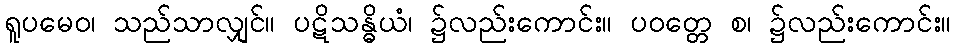
ရူပမေဝ၊ သည်သာလျှင်။ ပဋိသန္ဓိယံ၊ ၌လည်းကောင်း။ ပဝတ္တေ စ၊ ၌လည်းကောင်း။